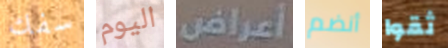
سفك اليوم أعراض أنضم ثقوا